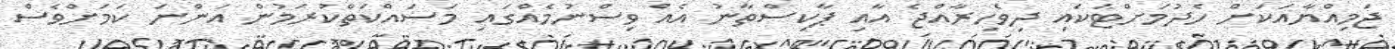
ޖަމިއްޔާއަކަށް ހެދުމަށްޓަކައި ދިވެހިރާއްޖެ އާއި ޕާކިސްތާނު އެއް ވިސްނުމެއްގައި މަސައްކަތްކުރަމުން އަންނަ ކަމަށްވެސް